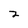
Character: z